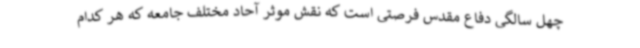
چهل سالگی دفاع مقدس فرصتی است که نقش موثر آحاد مختلف جامعه که هر کدام